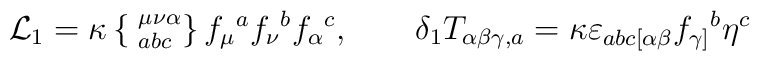
{\cal L}_1 =\kappa \left\{ \phantom{|}^{\mu\nu\alpha}_{abc} \right\}f_\mu{}^a f_\nu{}^b f_\alpha{}^c, \qquad \delta_1T_{\alpha\beta\gamma,a} = \kappa\varepsilon_{abc[\alpha\beta} f_{\gamma]}{}^b \eta^c